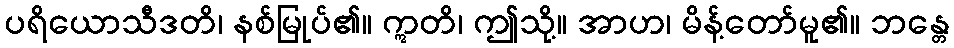
ပရိယောသီဒတိ၊ နစ်မြုပ်၏။ ဣတိ၊ ဤသို့။ အာဟ၊ မိန့်တော်မူ၏။ ဘန္တေ